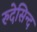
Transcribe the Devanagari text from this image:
रुदेसिन्द